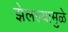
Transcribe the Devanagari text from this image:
झेलल्यामुळे